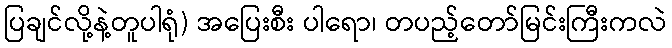
ပြချင်လို့နဲ့တူပါရုံ) အပြေးစီး ပါရော၊ တပည့်တော်မြင်းကြီးကလဲ